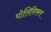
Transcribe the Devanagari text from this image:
पोलिनिकस